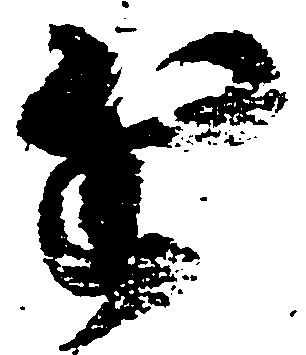
近